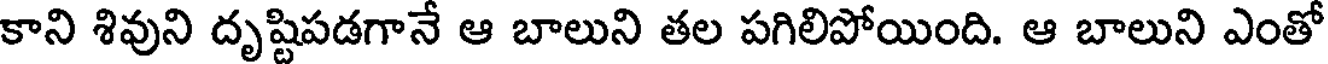
కాని శివుని దృష్టిపడగానే ఆ బాలుని తల పగిలిపోయింది. ఆ బాలుని ఎంతో